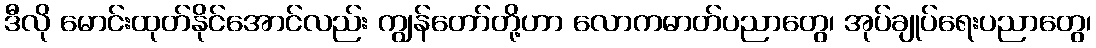
ဒီလို မောင်းထုတ်နိုင်အောင်လည်း ကျွန်တော်တို့ဟာ လောကဓာတ်ပညာတွေ၊ အုပ်ချုပ်ရေးပညာတွေ၊